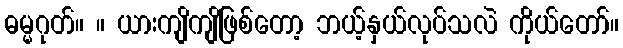
ဓမ္မဂုတ်။ ။ ယားကျိကျိဖြစ်တော့ ဘယ့်နှယ်လုပ်သလဲ ကိုယ်တော်။